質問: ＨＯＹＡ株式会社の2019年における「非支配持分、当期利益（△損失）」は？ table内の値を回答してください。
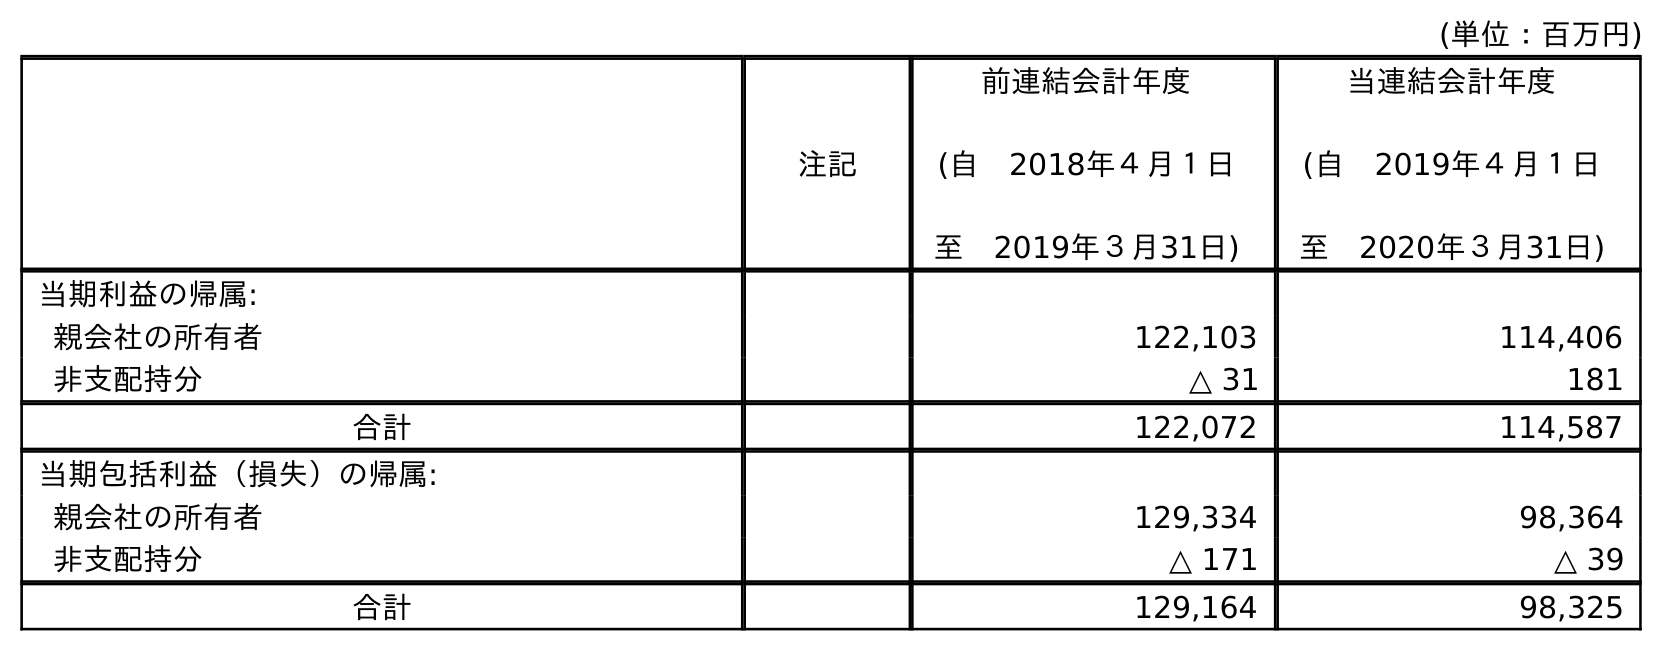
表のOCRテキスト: (単位：百万円) 注記 前連結会計年度 (自 2018年４月１日 至 2019年３月31日) 当連結会計年度 (自 2019年４月１日 至 2020年３月31日) 当期利益の帰属: 親会社の所有者 122,103 114,406 非支配持分 △ 31 181 合計 122,072 114,587 当期包括利益（損失）の帰属: 親会社の所有者 129,334 98,364 非支配持分 △ 171 △ 39 合計 129,164 98,325
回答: △31